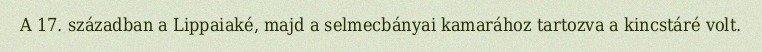
A 17. században a Lippaiaké, majd a selmecbányai kamarához tartozva a kincstáré volt.